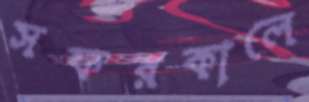
সফরকালে